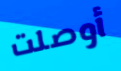
أوصلت